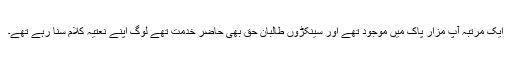
ایک مرتبہ آپ مزار پاک میں موجود تھے اور سینکڑوں طالبان حق بھی حاضر خدمت تھے لوگ اپنے نعتیہ کلام سنا رہے تھے۔